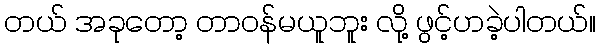
တယ် အခုတော့ တာဝန်မယူဘူး လို့ ဖွင့်ဟခဲ့ပါတယ်။